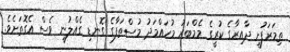
ތިމަރަފުށީ ދާއިރާގެ ކުރީގެ މެމްބަރު މުހައްމަދު މުސްތަފާގެ ގޮނޑި ގެއްލުނީ ވެސް އެގޮތަށެވެ.